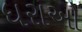
ધરાઓ